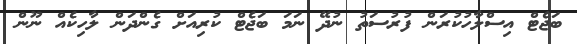
ބަޖެޓް އިސްލާހުކުރަން ފުރުސަތު ނުދޭ ނަމަ ބަޖެޓް ކުރިއަށް ގެންދަން ލާހިކެއް ނޫން